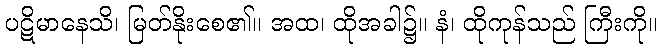
ပဋိမာနေသိ၊ မြတ်နိုးစေ၏။ အထ၊ ထိုအခါ၌။ နံ၊ ထိုကုန်သည် ကြီးကို။